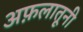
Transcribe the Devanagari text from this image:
अफ़लातूनी